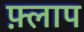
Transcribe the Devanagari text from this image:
फ़्लाप